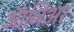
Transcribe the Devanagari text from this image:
ऑजिअर